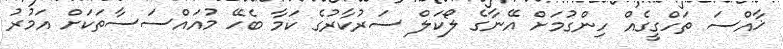
ޚާއްސަ ތަހްގީގެއް ހިންގުމަށް އޭނާގެ ލޯކަލް ސަރުކާރުގެ ކަމާ ބެހޭ މުއައްސަސާތަކަށް އަމުރު